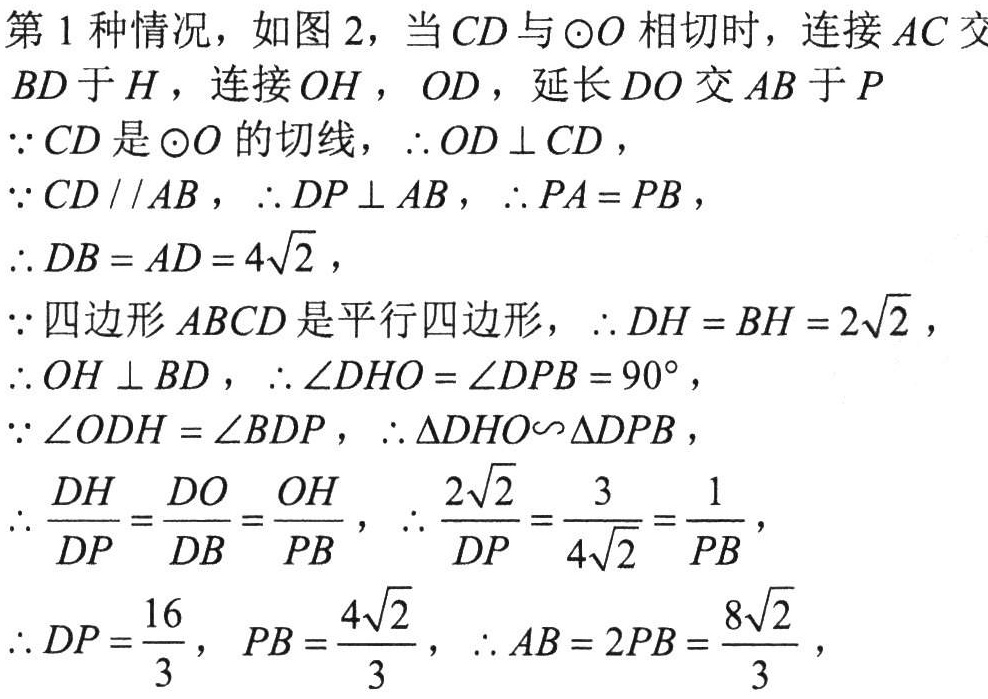
第1种情况，如图2，当\(CD\)与\(\odot O\)相切时，连接\(AC\)交\(BD\)于\(H\)，连接\(OH\)，\(OD\)，延长\(DO\)交\(AB\)于\(P\)
\(\because CD\)是\(\odot O\)的切线，\(\therefore OD \perp CD\)，
\(\because CD \parallel AB\)，\(\therefore DP \perp AB\)，\(\therefore PA = PB\)，
\(\therefore DB = AD = 4\sqrt{2}\)，
\(\because\)四边形\(ABCD\)是平行四边形，\(\therefore DH = BH = 2\sqrt{2}\)，
\(\therefore OH \perp BD\)，\(\therefore \angle DHO = \angle DPB = 90^{\circ}\)，
\(\because \angle ODH = \angle BDP\)，\(\therefore \triangle DHO\sim\triangle DPB\)，
\(\therefore \frac{DH}{DP}=\frac{DO}{DB}=\frac{OH}{PB}\)，\(\therefore \frac{2\sqrt{2}}{DP}=\frac{3}{4\sqrt{2}}=\frac{1}{PB}\)，
\(\therefore DP = \frac{16}{3}\)，\(PB = \frac{4\sqrt{2}}{3}\)，\(\therefore AB = 2PB = \frac{8\sqrt{2}}{3}\)，